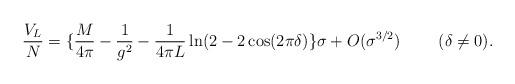
LaTeX: \begin{align*}\frac{V_L}{N}=\{\frac{M}{4\pi}-\frac{1}{g^2}-\frac{1}{4\pi L}\ln(2-2\cos(2\pi\delta)\} \sigma +O(\sigma^{3/2})~~~~~~~(\delta\neq 0).\end{align*}